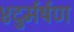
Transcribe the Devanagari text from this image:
४दुर्मर्षण